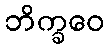
ဘိက္ခဝေ